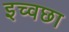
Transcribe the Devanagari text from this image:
इच्वछा